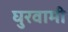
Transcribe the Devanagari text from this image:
घुरवामी